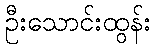
ဦးသောင်းထွန်း